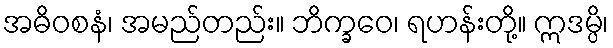
အဓိဝစနံ၊ အမည်တည်း။ ဘိက္ခဝေ၊ ရဟန်းတို့။ ဣဒမ္ပိ၊